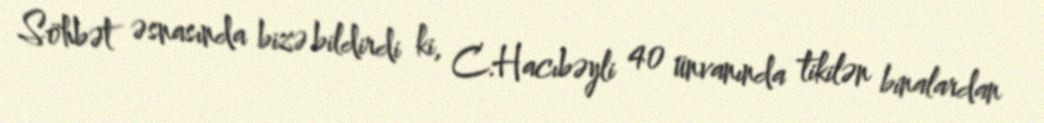
Söhbət əsnasında bizə bildirdi ki, C.Hacıbəyli 40 ünvanında tikilən binalardan